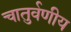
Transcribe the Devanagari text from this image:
चातुर्वणीय